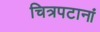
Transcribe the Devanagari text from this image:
चित्रपटानां